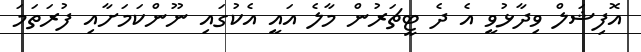
އޮފިޝަލް ވިދާޅުވީ އެ ދެ ޓީޗަރުން މާލެ އައީ އެކުގައި ނޫންކަމަށާއި ފުރަތަމަ